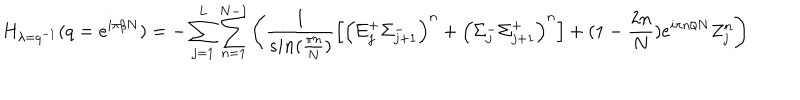
LaTeX: H _ { \lambda = q ^ { - 1 } } ( q = e ^ { i \pi / N } ) = - \sum _ { j = 1 } ^ { L } \sum _ { n = 1 } ^ { N - 1 } \left( \frac { 1 } { s i n ( \frac { \pi n } { N } ) } \left[ \left( \Sigma _ { j } ^ { + } \Sigma _ { j + 1 } ^ { - } \right) ^ { n } + \left( \Sigma _ { j } ^ { - } \Sigma _ { j + 1 } ^ { + } \right) ^ { n } \right] + ( 1 - \frac { 2 n } { N } ) e ^ { i \pi n / N } Z _ { j } ^ { n } \right)